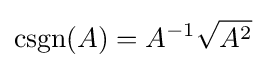
\operatorname {csgn} (A)=A^{-1}{\sqrt {A^{2}}}